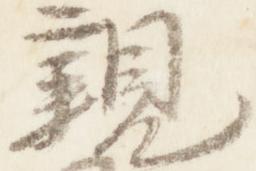
親